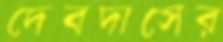
দেবদাসের